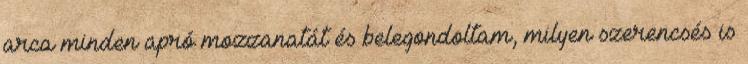
arca minden apró mozzanatát és belegondoltam, milyen szerencsés is